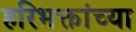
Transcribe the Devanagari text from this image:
हरिभक्तांच्या